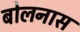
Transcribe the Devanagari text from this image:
बोलनास